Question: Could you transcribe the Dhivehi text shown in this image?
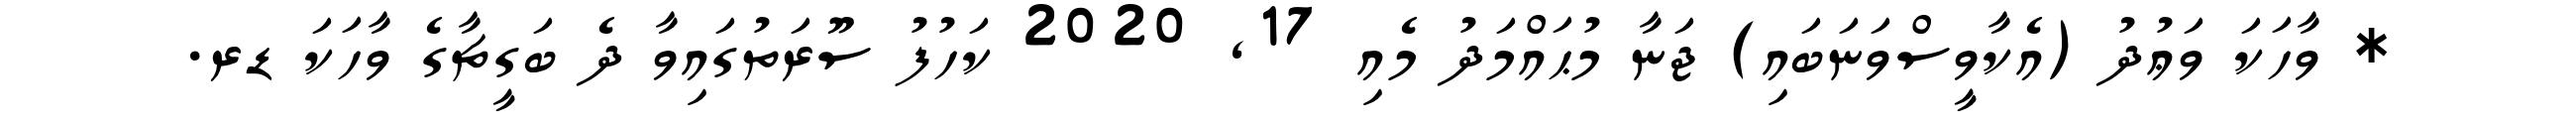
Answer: * ވާހަކަ ވަޢުދު (އެކާވީސްވަނަބައި) ޖަނާ މުޙައްމަދު މެއި 17, 2020 ކަހުފު ސޫރަތުގައިވާ ދެ ބަގީޗާގެ ވާހަކަ ޑރ.